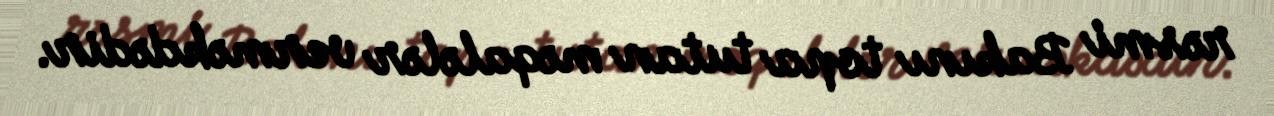
rəsmi Bakını topa tutan məqalələr verməkdədir.